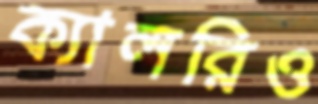
ক্যালরিও